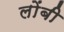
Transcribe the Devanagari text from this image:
लोंबी